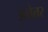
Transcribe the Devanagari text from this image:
अचेतर